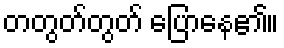
တတွတ်တွတ် ပြောနေ၏။